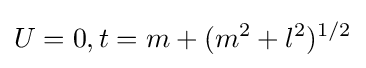
U=0,t=m+(m^{2}+l^{2})^{1/2}